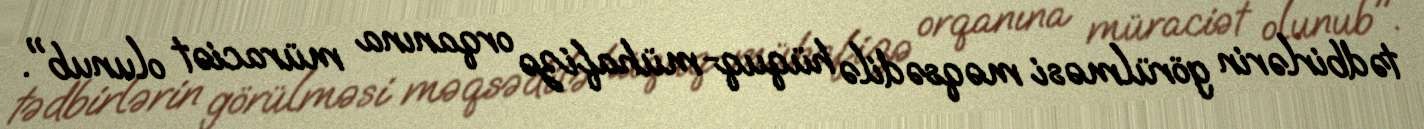
tədbirlərin görülməsi məqsədilə hüquq-mühafizə orqanına müraciət olunub".